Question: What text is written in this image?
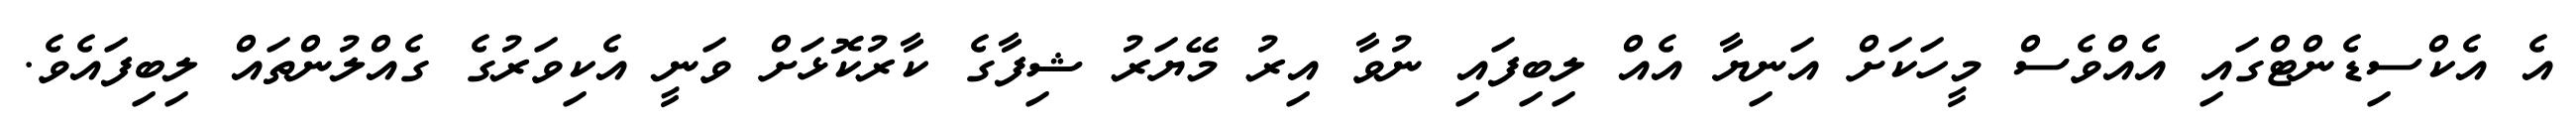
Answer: އެ އެކްސިޑެންޓްގައި އެއްވެސް މީހަކަށް އަނިޔާ އެއް ލިބިފައި ނުވާ އިރު މޭޔަރު ޝިފާގެ ކާރުކޮޅަށް ވަނީ އެކިވަރުގެ ގެއްލުންތައް ލިބިފައެވެ.